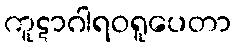
ကူဋာဂါရဝရူပေတာ